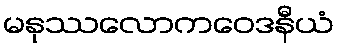
မနုဿလောကဝေဒနီယံ